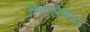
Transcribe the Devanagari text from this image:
लिटलफ़ेदर